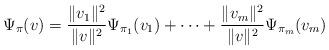
LaTeX: \begin{align*}\Psi_\pi(v)=\frac{\Vert v_1\Vert^2}{\Vert v\Vert^2}\Psi_{\pi_1}(v_1)+\cdots+\frac{\Vert v_m\Vert^2}{\Vert v\Vert^2}\Psi_{\pi_m}(v_m)\end{align*}